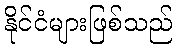
နိုင်ငံများဖြစ်သည်